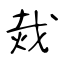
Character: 烖